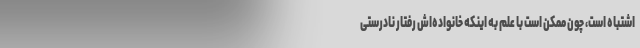
اشتباه است، چون ممکن است با علم به اینکه خانواده‌اش رفتار نادرستی